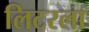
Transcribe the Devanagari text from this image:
लिटरला